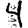
Digit: 4